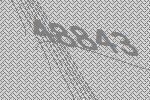
48843